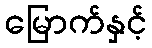
မြောက်နှင့်